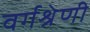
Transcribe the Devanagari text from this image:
वर्गश्रेणी